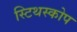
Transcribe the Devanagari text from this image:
स्टिथस्कोप